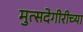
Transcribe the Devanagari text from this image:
मुत्सदेगीरीच्या